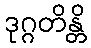
ဒုဂ္ဂတိန္တိ